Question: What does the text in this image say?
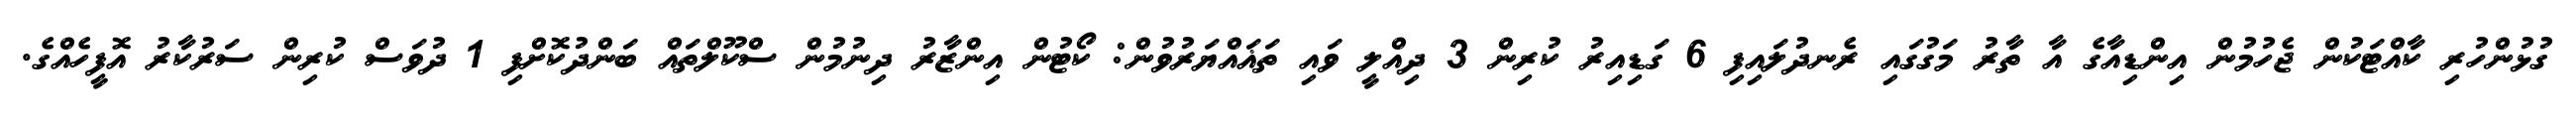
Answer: ގުޅުންހުރި ކާއްޓަކުން ޖެހުމުން އިންޑިއާގެ އާ ތާރު މަގުގައި ރެނދުލައިފި 6 ގަޑިއިރު ކުރިން 3 ދިއްލީ ވައި ތަޣައްޔަރުވުން: ކޯޓުން އިންޒާރު ދިނުމުން ސްކޫލްތައް ބަންދުކޮށްފި 1 ދުވަސް ކުރިން ސަރުކާރު އޮފީހެއްގެ.